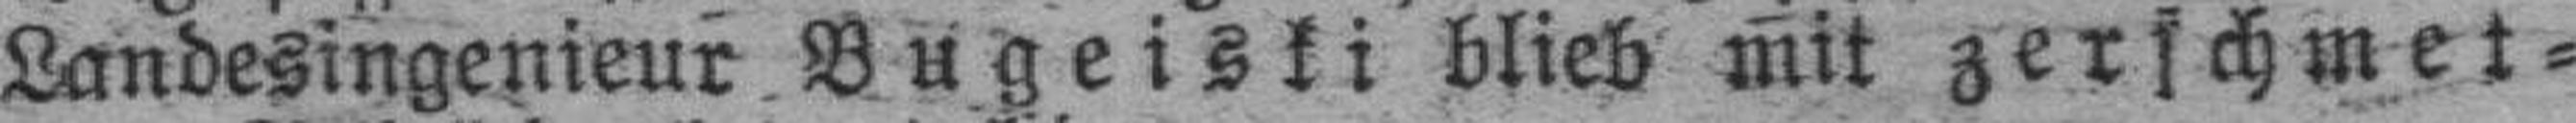
Landesingenieur Bugeiski blieb mit zerschmet¬